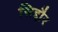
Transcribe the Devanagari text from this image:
सिद्दौर